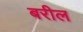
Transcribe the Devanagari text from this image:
बरील